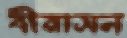
বীরাসন